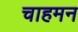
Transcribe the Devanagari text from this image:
चाहमन